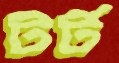
টর্ট